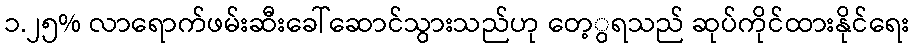
၁.၂၅% လာရောက်ဖမ်းဆီးခေါ်ဆောင်သွားသည်ဟု တေ့ွရသည် ဆုပ်ကိုင်ထားနိုင်ရေး